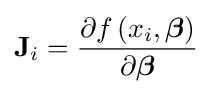
\mathbf {J} _{i}={\frac {\partial f\left(x_{i},{\boldsymbol {\beta }}\right)}{\partial {\boldsymbol {\beta }}}}